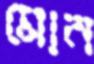
মোন